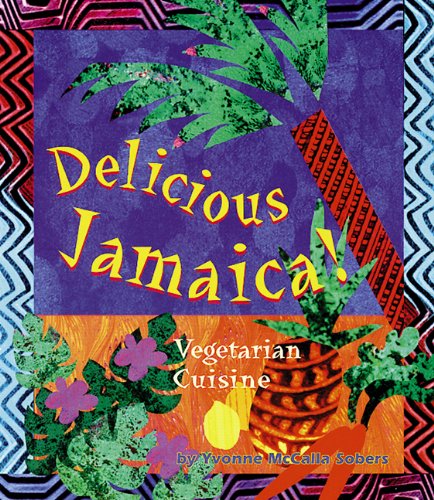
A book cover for Delicious Jamaica!: Vegetarian Cuisine (Healthy World Cuisine); Yvonne McCalla Sobers; Cookbooks, Food & Wine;